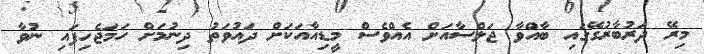
މިރޭ ދަރުބާރުގޭގައި ބާއްވާ ޖަލްސާއަށް އެއްވެސް މީޑިއާއަކަށް ދައުވަތު ދިނުމަށް ހަމަޖެހިފައި ނުވާ